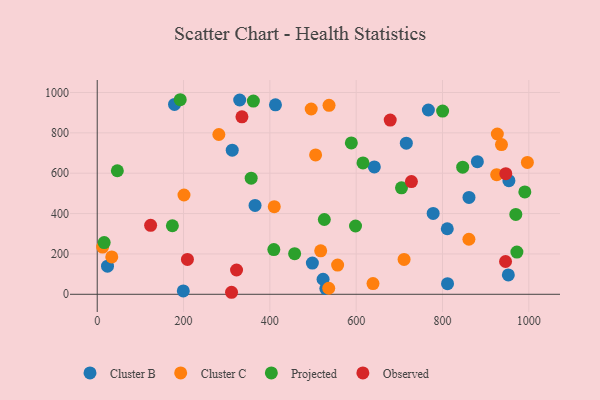
{"axis": {"x": "Investment", "y": "Salary"}, "legend": ["Cluster B", "Cluster C", "Observed", "Projected"], "data": [{"x": "179.1", "y": 941.0, "type": "Cluster B"}, {"x": "767.3", "y": 913.2, "type": "Cluster B"}, {"x": "529.7", "y": 28.3, "type": "Cluster B"}, {"x": "523.3", "y": 74.5, "type": "Cluster B"}, {"x": "953.9", "y": 562.8, "type": "Cluster B"}, {"x": "199.4", "y": 16.5, "type": "Cluster B"}, {"x": "330.1", "y": 962.7, "type": "Cluster B"}, {"x": "23.8", "y": 139.1, "type": "Cluster B"}, {"x": "811.7", "y": 52.8, "type": "Cluster B"}, {"x": "365.7", "y": 440.5, "type": "Cluster B"}, {"x": "880.8", "y": 656.9, "type": "Cluster B"}, {"x": "861.4", "y": 480.2, "type": "Cluster B"}, {"x": "312.8", "y": 713.9, "type": "Cluster B"}, {"x": "498.5", "y": 154.6, "type": "Cluster B"}, {"x": "778.4", "y": 400.7, "type": "Cluster B"}, {"x": "642.1", "y": 631.3, "type": "Cluster B"}, {"x": "716.2", "y": 748.7, "type": "Cluster B"}, {"x": "811.1", "y": 324.8, "type": "Cluster B"}, {"x": "413.0", "y": 938.8, "type": "Cluster B"}, {"x": "952.6", "y": 96.2, "type": "Cluster B"}, {"x": "557.0", "y": 144.9, "type": "Cluster C"}, {"x": "536.4", "y": 29.9, "type": "Cluster C"}, {"x": "410.2", "y": 434.2, "type": "Cluster C"}, {"x": "861.2", "y": 272.8, "type": "Cluster C"}, {"x": "537.1", "y": 936.2, "type": "Cluster C"}, {"x": "201.0", "y": 492.1, "type": "Cluster C"}, {"x": "506.0", "y": 690.7, "type": "Cluster C"}, {"x": "33.7", "y": 185.1, "type": "Cluster C"}, {"x": "281.8", "y": 791.8, "type": "Cluster C"}, {"x": "12.5", "y": 233.8, "type": "Cluster C"}, {"x": "517.8", "y": 215.5, "type": "Cluster C"}, {"x": "925.6", "y": 592.9, "type": "Cluster C"}, {"x": "495.8", "y": 918.1, "type": "Cluster C"}, {"x": "711.0", "y": 172.7, "type": "Cluster C"}, {"x": "996.7", "y": 653.3, "type": "Cluster C"}, {"x": "927.1", "y": 794.2, "type": "Cluster C"}, {"x": "639.0", "y": 53.1, "type": "Cluster C"}, {"x": "936.7", "y": 741.8, "type": "Cluster C"}, {"x": "615.8", "y": 651.1, "type": "Projected"}, {"x": "705.0", "y": 527.7, "type": "Projected"}, {"x": "46.6", "y": 612.1, "type": "Projected"}, {"x": "526.2", "y": 370.5, "type": "Projected"}, {"x": "361.8", "y": 957.3, "type": "Projected"}, {"x": "409.2", "y": 221.5, "type": "Projected"}, {"x": "174.1", "y": 339.6, "type": "Projected"}, {"x": "192.3", "y": 964.1, "type": "Projected"}, {"x": "16.1", "y": 256.5, "type": "Projected"}, {"x": "457.4", "y": 201.5, "type": "Projected"}, {"x": "969.9", "y": 396.0, "type": "Projected"}, {"x": "846.8", "y": 630.1, "type": "Projected"}, {"x": "598.5", "y": 338.4, "type": "Projected"}, {"x": "356.7", "y": 575.6, "type": "Projected"}, {"x": "990.8", "y": 507.0, "type": "Projected"}, {"x": "800.3", "y": 907.8, "type": "Projected"}, {"x": "972.4", "y": 209.3, "type": "Projected"}, {"x": "588.8", "y": 750.0, "type": "Projected"}, {"x": "335.3", "y": 879.6, "type": "Observed"}, {"x": "209.0", "y": 173.0, "type": "Observed"}, {"x": "678.9", "y": 863.4, "type": "Observed"}, {"x": "123.7", "y": 341.9, "type": "Observed"}, {"x": "728.0", "y": 558.4, "type": "Observed"}, {"x": "311.2", "y": 10.0, "type": "Observed"}, {"x": "946.1", "y": 162.5, "type": "Observed"}, {"x": "946.7", "y": 597.9, "type": "Observed"}, {"x": "322.8", "y": 120.4, "type": "Observed"}]}